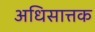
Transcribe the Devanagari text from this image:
अधिसात्तक